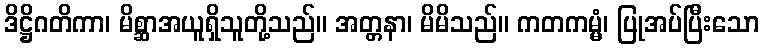
ဒိဋ္ဌိဂတိကာ၊ မိစ္ဆာအယူရှိသူတို့သည်။ အတ္တနာ၊ မိမိသည်။ ကတကမ္မံ၊ ပြုအပ်ပြီးသော